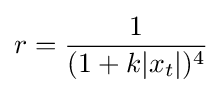
r={\frac {1}{(1+k|x_{t}|)^{4}}}